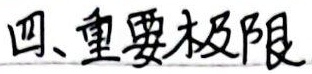
四、重要极限